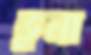
ভুনা